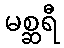
မစ္ဆရီ